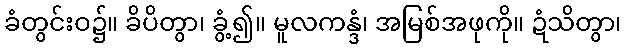
ခံတွင်းဝ၌။ ခိပိတွာ၊ ခွံ့၍။ မူလကန္ဒံ၊ အမြစ်အဖုကို။ ဍံသိတွာ၊